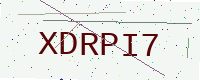
Text: XDRPI7